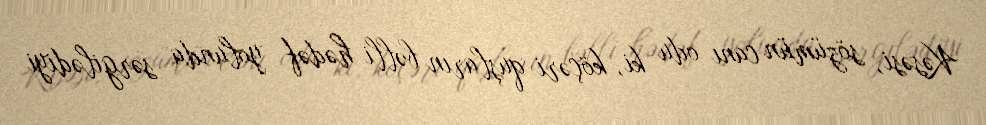
Kəsəsi, sözümün canı odu ki, köçəri quşların bəlli hədəf yolunda sərgilədiyi